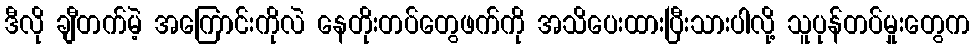
ဒီလို ချီတက်မဲ့ အကြောင်းကိုလဲ နေတိုးတပ်တွေဖက်ကို အသိပေးထားပြီးသားပါလို့ သူပုန်တပ်မှုးတွေက